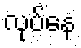
လုပ်နေ